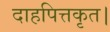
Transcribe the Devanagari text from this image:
दाहपित्तकृत।